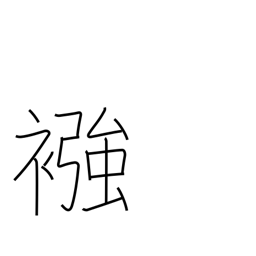
Meaning: diaper